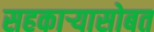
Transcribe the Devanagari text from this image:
सहकाऱ्यासोबत